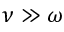
\nu \gg \omega